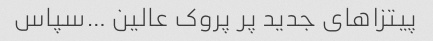
پیتزاهای جدید پر پروک عالین …سپاس